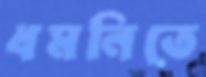
ধমনিতে